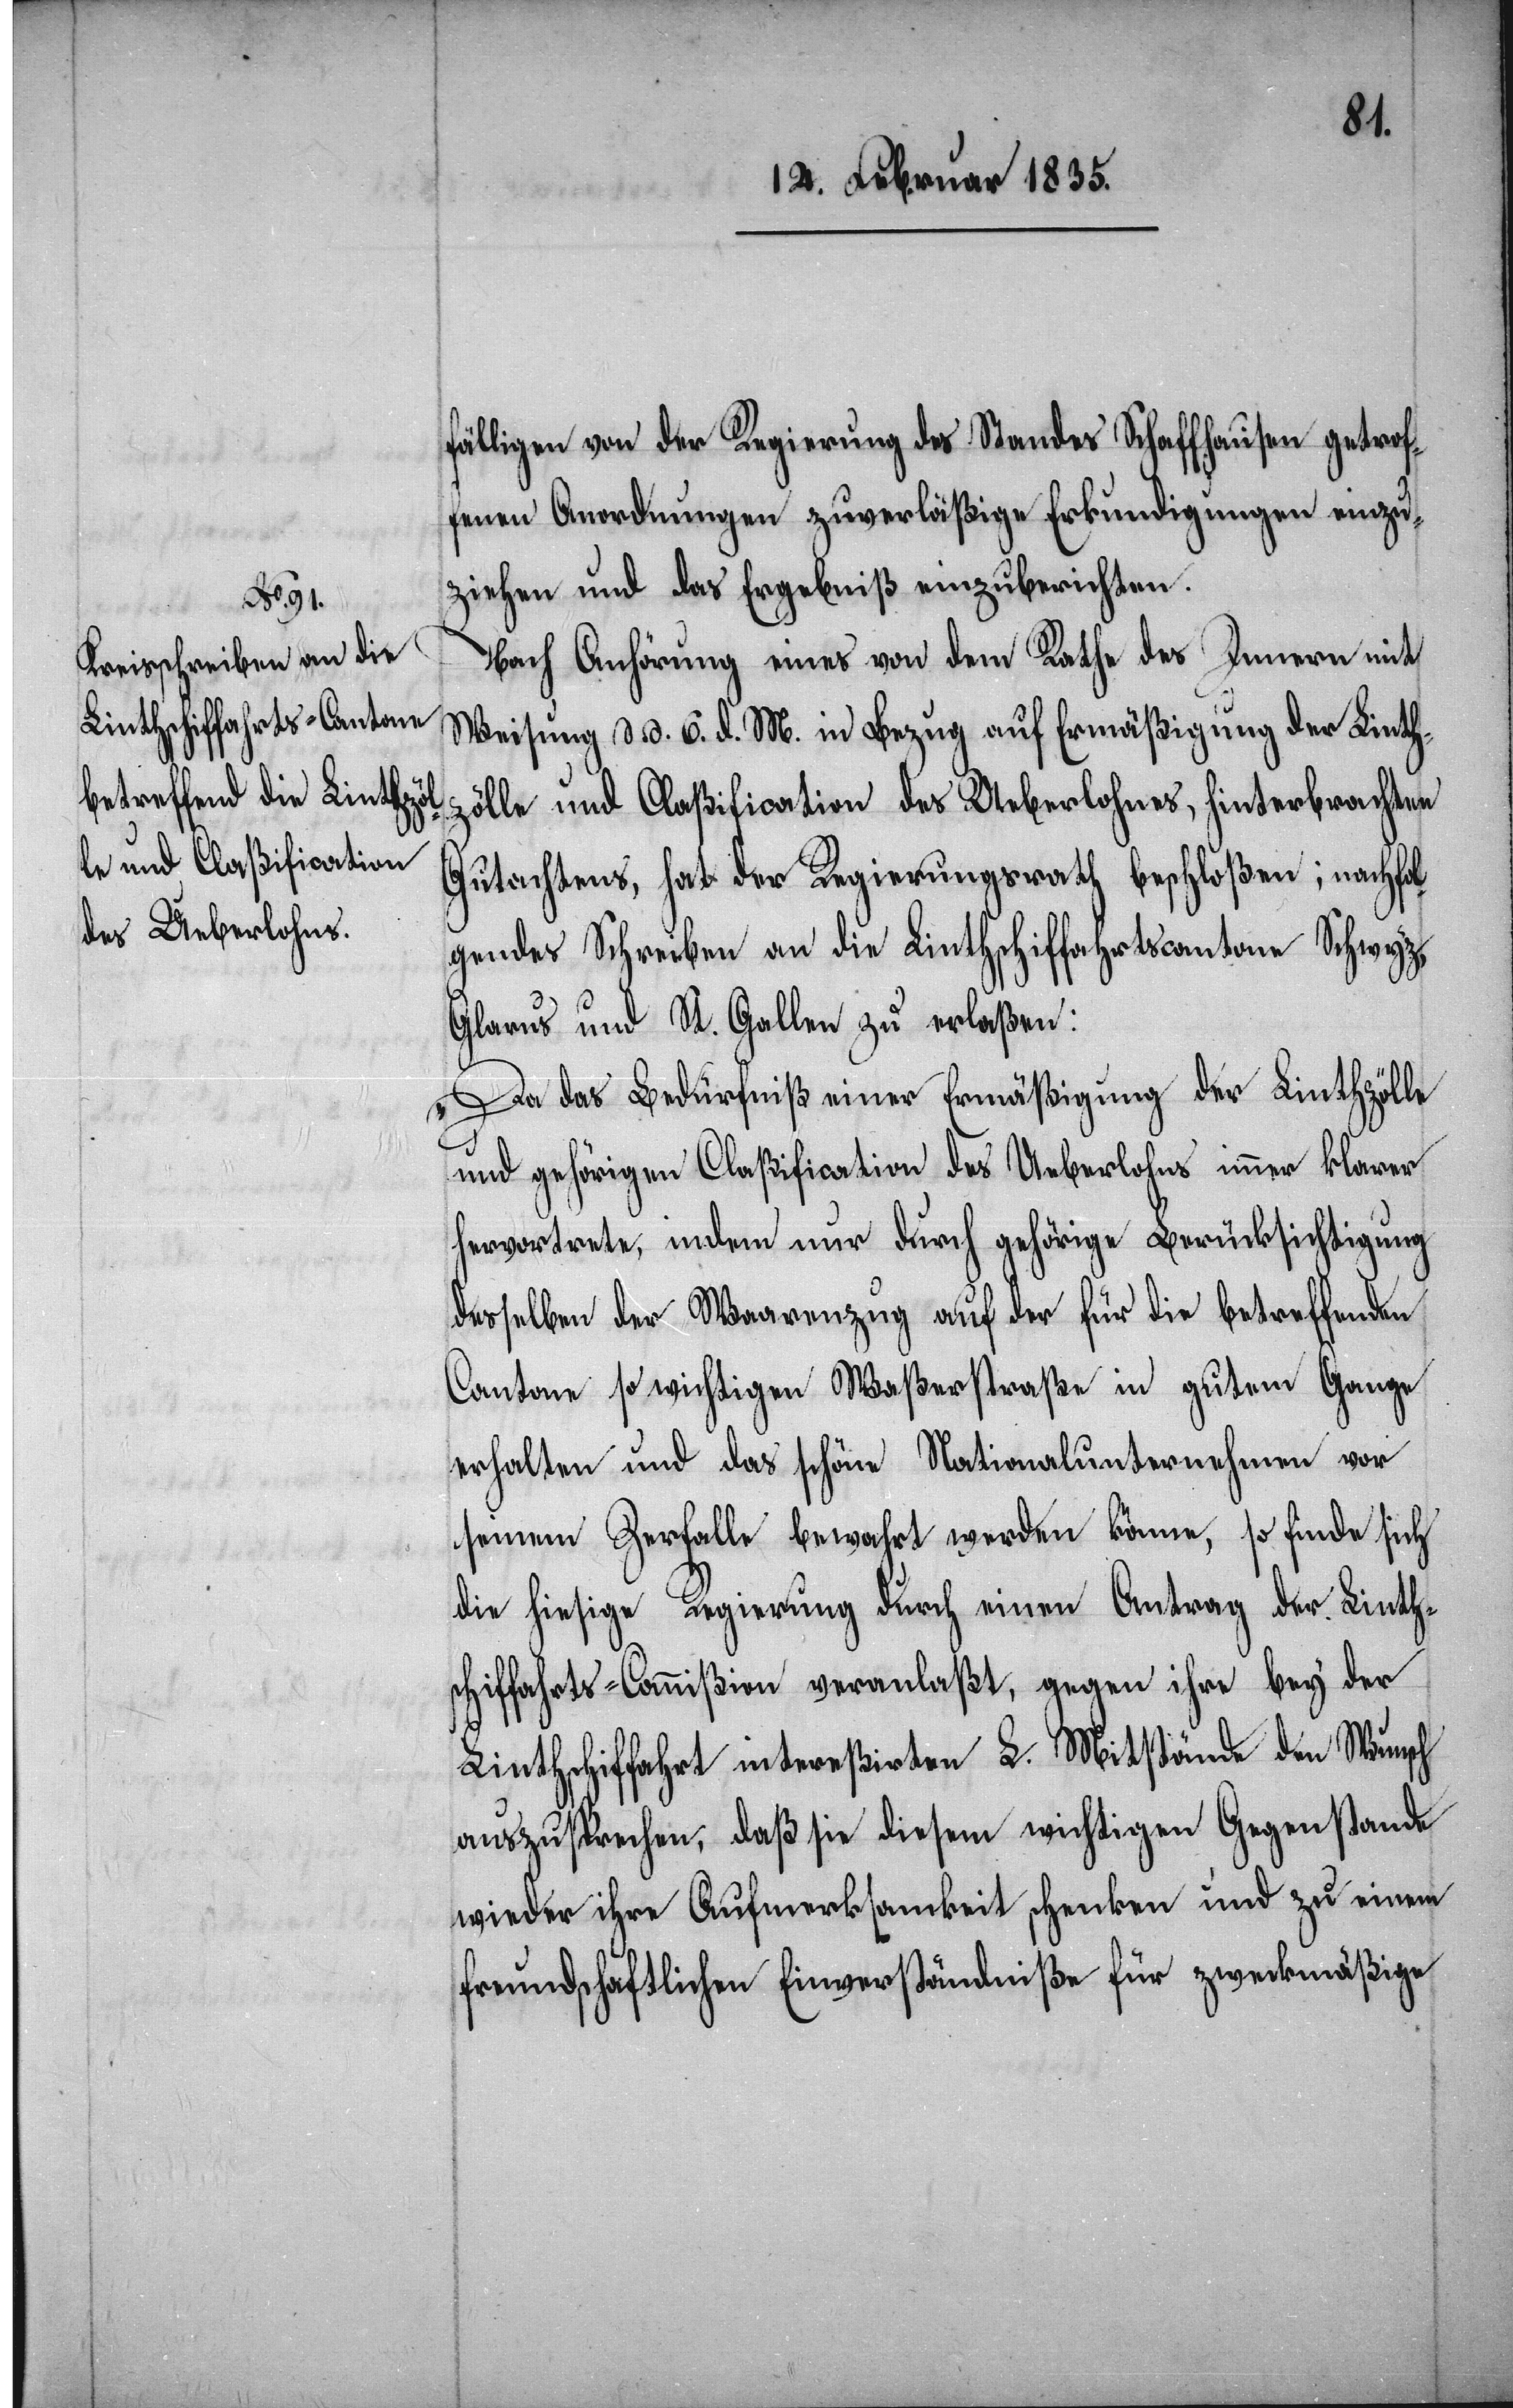
fälligen von der Regierung des Standes Schaffhausen getrof¬
fenen, Anordnungen zuverläßige Erkundigungen einzu¬
ziehen und das Ergebniß einzuberichten.
Nach Anhörung eines von dem Rathe des Innern mit
Weisung d. d. 6. d. M. in Bezug auf Ermäßigung der Linth¬
zölle und Claßification des Ueberlohnes, hinterbrachten
Gutachtens, hat der Regierungsrath beschloßen; nachfol¬
gendes Schreiben an die Linthschiffahrtscantone Schwyz,
Glarus und St. Gallen zu erlaßen:
„Da das Bedürfniß einer Ermäßigung der Linthzölle
und gehörigen Claßification des Ueberlohns immer klarer
hervortrete, indem nur durch gehörige Berücksichtigung
desselben der Waarenumzug auf der für die betreffenden
Cantone so wichtigen Waßerstraße in gutem Gange
erhalten und das schöne Nationalunternehmen vor
seinem Zerfalle bewahrt werden könne, so finde sich
die hiesige Regierung durch einen Antrag der Linth¬
schiffahrts-Commißion veranlaßt, gegen ihre bey der
Linthschiffahrt intereßirten L. Mitstände den Wunsch
auszusprechen, daß die diesem wichtigen Gegenstande
wieder ihre Aufmerksamkeit schenken und zu einem
freundschaftlichen Einverständniße für zweckmäßige